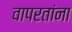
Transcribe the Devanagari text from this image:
वापरतांना